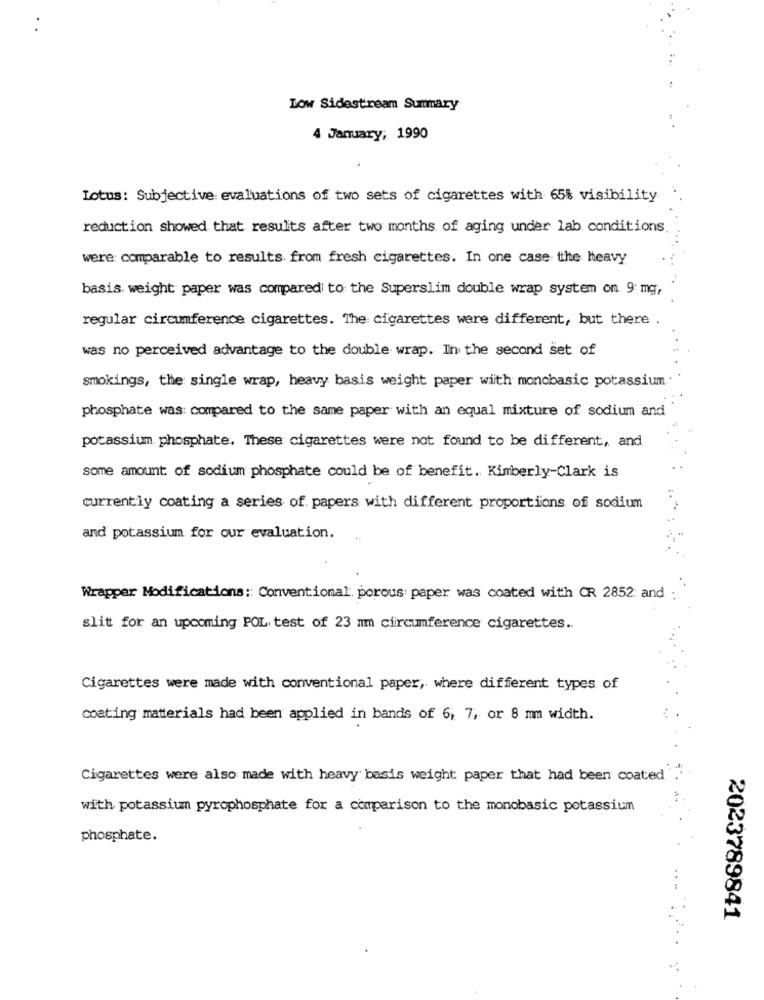
Low Sidestream Summary
4 January, 1990
Lotus: Subjective: evaluations of two sets of cigarettes with 65% visibility
reduction showed that results after two months of aging under lab conditions.
were: comparable to results from fresh cigarettes. In one case tthe heavy
basis. weight paper was compared to the Superslim double wrap system on 9: mg,
regular circumference cigarettes. The cigarettes were different, but there .
was no perceived advantage to the double wrap. In the second set of
smokings, the single wrap, heavy basis weight paper with monobasic potassium
phosphate was: compared to the same paper with an equal mixture of sodium and
potassium. phosphate. These cigarettes were not found to be different, and
some amount of sodium phosphate could be of benefit. Kimberly-Clark is
currently coating a series of papers with different proportions of sodium
and potassium for our evaluation.
Wrapper Modifications: Conventional. porous paper was coated with CR 2852. and :
slit for an upcoming POL test of 23 mm circumference cigarettes ..
Cigarettes were made with conventional paper, where different types of
coating materials had been applied in bands of 6; 7, or 8 mm width.
Cigarettes were also made with heavy basis weight paper that had been coated"
with potassium pyrophosphate for a comparison to the monobasic potassium
phosphate.
2023789841